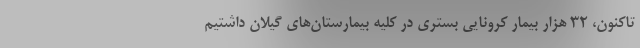
تاکنون، ۳۲ هزار بیمار کرونایی بستری در کلیه بیمارستان‌های گیلان داشتیم